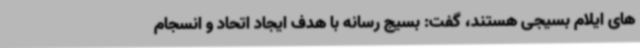
های ایلام بسیجی هستند، گفت: بسیج رسانه با هدف ایجاد اتحاد و انسجام